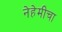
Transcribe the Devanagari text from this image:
नेहेमीचा